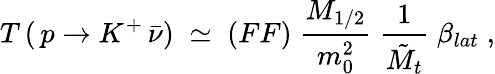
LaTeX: T\, (\, p\rightarrow K^{+}\, \bar{\nu})\; \simeq\; (FF)\; \frac{M_{1/2}}{m_{0}^{2}}\; \frac{1}{\tilde{M}_{t}}\; \beta_{lat}\; ,